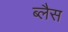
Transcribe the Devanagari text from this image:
ब्लैस